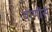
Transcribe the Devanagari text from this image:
वाणीसे